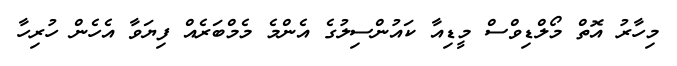
މިހާރު އޮތް މޯލްޑިވްސް މީޑިއާ ކައުންސިލުގެ އެންމެ މެމްބަރެއް ފިޔަވާ އެހެން ހުރިހާ